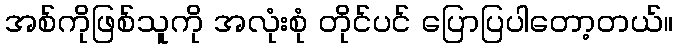
အစ်ကိုဖြစ်သူကို အလုံးစုံ တိုင်ပင် ပြောပြပါတော့တယ်။